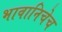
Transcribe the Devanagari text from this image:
भावानिचेच